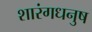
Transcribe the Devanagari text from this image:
शारंगधनुष